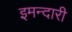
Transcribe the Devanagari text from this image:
इमन्दारी